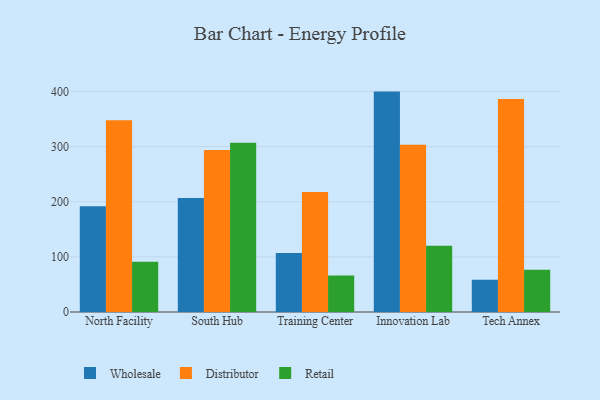
{"axis": {"x": "Campus", "y": "Net Income (USD K)"}, "legend": ["Distributor", "Retail", "Wholesale"], "data": [{"x": "North Facility", "y": 191.8, "type": "Wholesale"}, {"x": "North Facility", "y": 347.7, "type": "Distributor"}, {"x": "North Facility", "y": 91.1, "type": "Retail"}, {"x": "South Hub", "y": 206.7, "type": "Wholesale"}, {"x": "South Hub", "y": 293.9, "type": "Distributor"}, {"x": "South Hub", "y": 306.9, "type": "Retail"}, {"x": "Training Center", "y": 107.1, "type": "Wholesale"}, {"x": "Training Center", "y": 217.7, "type": "Distributor"}, {"x": "Training Center", "y": 66.4, "type": "Retail"}, {"x": "Innovation Lab", "y": 399.7, "type": "Wholesale"}, {"x": "Innovation Lab", "y": 303.4, "type": "Distributor"}, {"x": "Innovation Lab", "y": 120.3, "type": "Retail"}, {"x": "Tech Annex", "y": 58.5, "type": "Wholesale"}, {"x": "Tech Annex", "y": 386.3, "type": "Distributor"}, {"x": "Tech Annex", "y": 76.4, "type": "Retail"}]}